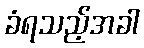
ခံရသည့်အခါ